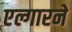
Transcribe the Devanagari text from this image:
एल्गारने